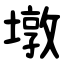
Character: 墩